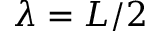
\lambda = L / 2